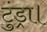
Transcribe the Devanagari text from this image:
टुंड्रा।